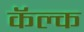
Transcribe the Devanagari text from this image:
कॅल्क